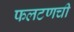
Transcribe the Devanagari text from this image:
फलटणची